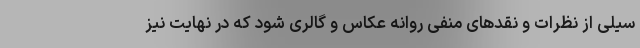
سیلی از نظرات و نقدهای منفی روانه عکاس و گالری شود که در نهایت نیز